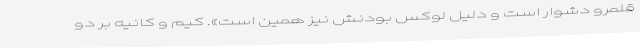
قلمرو دشوار است و دلیل لوکس بودنش نیز همین است». کیم و کانیه بر دو